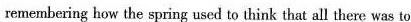
remembering how the spring used to think that all there was to